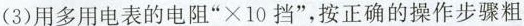
(3)用多用电表的电阻”×10挡”，按正确的操作步骤粗